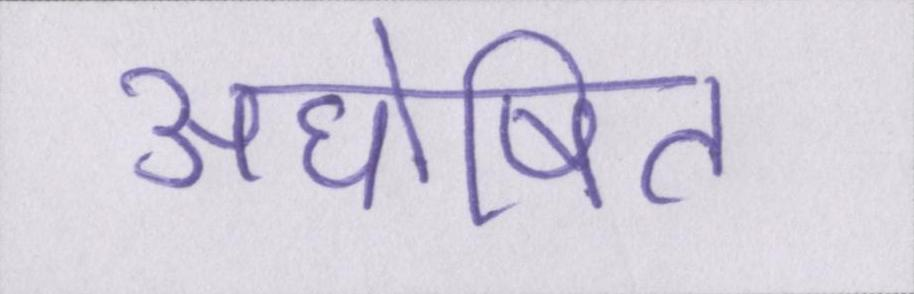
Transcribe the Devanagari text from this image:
अघोषित